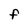
Character: F